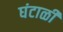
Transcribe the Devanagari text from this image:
घंटाळी